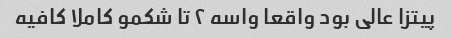
پیتزا عالی بود واقعا واسه ٢ تا شکمو کاملا کافیه